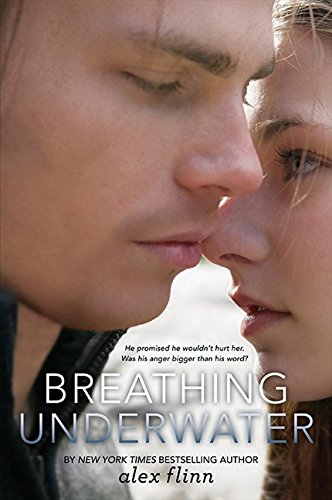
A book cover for Breathing Underwater; Alex Flinn; Teen & Young Adult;